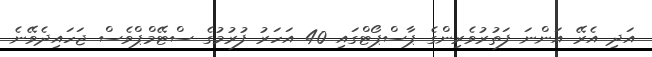
އަދި އެރޭ އަންނަ ފަތުރުވެރިންގެ ޕާސްޕޯޓްގައި 40 އަހަރު ފުރުމުގެ ސްޓޭމްޕްވެސް ޖަހައިދެވޭނެ